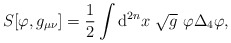
\begin{align*}S[\varphi ,g_{\mu \nu }]=\frac{1}{2}\int {\rm d}^{2n}x~\sqrt{g}~\varphi\Delta _{4}\varphi ,\end{align*}